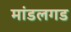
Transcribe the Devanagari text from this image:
मांडलगड